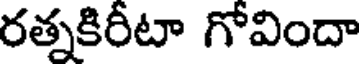
రత్నకిరీటా గోవిందా